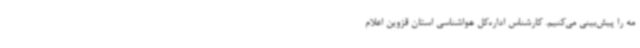
مه را پیش‌بینی می‌کنیم. کارشناس اداره‌کل هواشناسی استان قزوین اعلام